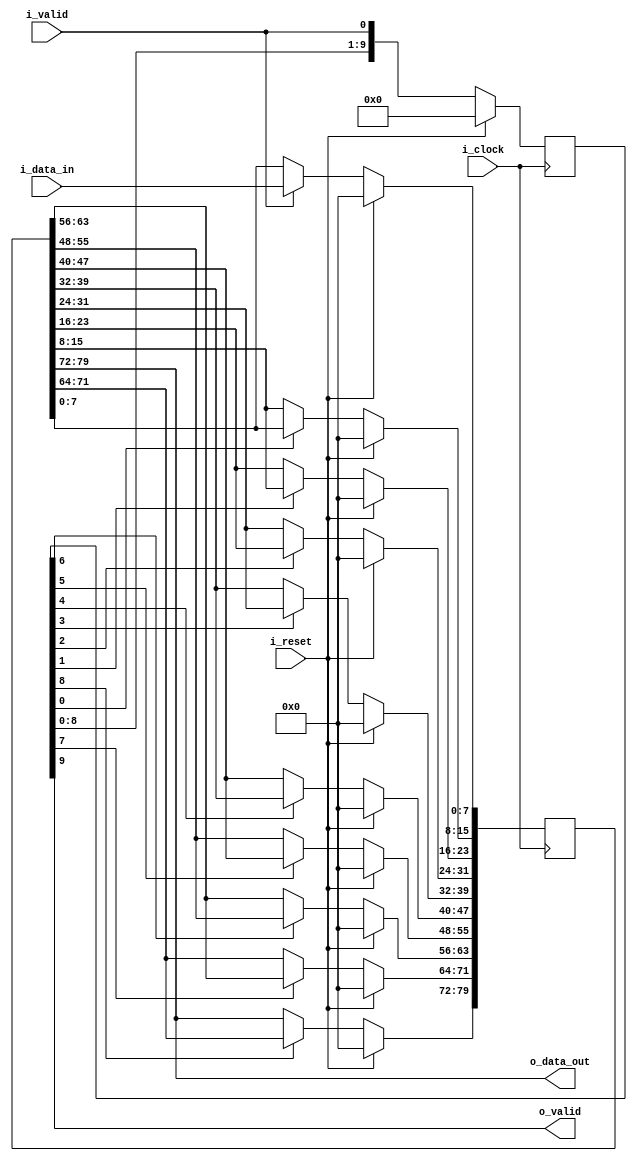
/*------------------------------------------------------------------------------
 -- Project     : CL40GC
 -------------------------------------------------------------------------------
 -- File        : common_fix_delay_line.v
 -- Author      : Ramiro R. Lopez
 -- Originator  : Clariphy Argentina S.A.
 -- Date        : 2010-Mar-27
 --
 -- Rev 0       : Initial release. RRL.
 -- Rev 1       : 20121107. Changed port declaration style.
 --
 -- $Id: common_fix_delay_line_w_del_valid.v 10419 2017-01-17 20:41:21Z gbarbiani $
 -------------------------------------------------------------------------------
 -- Description : .
 -------------------------------------------------------------------------------
 -- Copyright (C) 2009 ClariPhy Argentina S.A.  All rights reserved 
 ------------------------------------------------------------------------------*/

//`timescale  1ns/1ps

module common_fix_delay_line_w_del_valid
#(
    // PARAMETERS.
    parameter                               NB_DATA     = 8 ,
    parameter                               DELAY       = 10
)
(
    // OUTPUTS.
    output  wire    [NB_DATA-1:0]           o_data_out ,
    output  wire                            o_valid ,

    // INPUTS.
    input   wire    [NB_DATA-1:0]           i_data_in ,
    input   wire                            i_valid ,
    input   wire                            i_reset ,
    input   wire                            i_clock
);


    /*// BEGIN: Quick instance
    common_fix_delay_line_w_del_valid
    #(
        .NB_DATA        (  ),
        .DELAY          (  )
    )
    u_common_fix_delay_line_w_del_valid
    (
        .o_data_out     (  ),
        .o_valid        (  ),
        .i_data_in      (  ),
        .i_valid        (  ),
        .i_reset        (  ),
        .i_clock        (  )
    ) ;
    // END: Quick instance.*/



    // ALGORITHM BEGIN.


    generate
    //begin : gen_delay // Removed begin/end for synopsys...

        if ( DELAY <= 0 )
        begin : genif_0_delay

            assign  o_data_out  = i_data_in ;
            assign  o_valid     = i_valid ;

        end // genif_0_delay

        else if ( DELAY == 1 )
        begin : genif_1_delay

            reg             [NB_DATA-1:0]           delay_l ;
            reg                                     delay_l_valid ;

            always @( posedge i_clock )
                if ( i_reset )
                    delay_l <= { NB_DATA {1'b0} };
                else if ( i_valid )
                    delay_l <= i_data_in;

            always @( posedge i_clock )
                if ( i_reset )
                    delay_l_valid   <= 1'b0 ;
                else
                    delay_l_valid   <= i_valid ;

            assign  o_data_out  = delay_l ;
            assign  o_valid     = delay_l_valid ;

        end // genif_1_delay

        else if ( DELAY > 1 )
        begin : genif_no_01_delay

            reg             [DELAY*NB_DATA-1:0]     delay_l ;
            reg             [DELAY-1:0]             delay_l_valid ;
            integer                                 i ;

            always @( posedge i_clock )
                if ( i_reset )
                    delay_l_valid   <= { DELAY {1'b0} } ;
                else
                    delay_l_valid   <= { delay_l_valid[ DELAY-1-1 : 0 ], i_valid } ;

            always @( posedge i_clock )
                if ( i_reset )
                    delay_l         <= { DELAY*NB_DATA {1'b0} } ;
                else
                begin
                    if ( i_valid )
                        delay_l[ 0*NB_DATA +: NB_DATA ]    <= i_data_in ;
                    for ( i=1; i<DELAY; i=i+1 )
                        if ( delay_l_valid[ i-1 ] )
                            delay_l[ ( i )*NB_DATA +: NB_DATA ]    <= delay_l[ ( i-1 )*NB_DATA +: NB_DATA ] ;
                end

            assign  o_data_out  = delay_l[ DELAY*NB_DATA-1 -: NB_DATA ] ;
            assign  o_valid     = delay_l_valid[ DELAY-1 ] ;

        end // genif_no_01_delay

    //end // gen_delay
    endgenerate


endmodule // common_fix_delay_line_w_valid